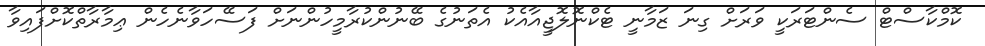
ކޮމްކާސްޓް ސެންޓަރަކީ ވަރަށް ގިނަ ޒަމާނީ ޓެކްނޮލޮޖީއާއެކު އެެތަނުގެ ބޭނުންކުރާމީހުންނަށް ފަސޭހަވާނެހެން ޢިމާރާތްކޮށްފައިވާ